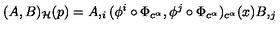
( A , B ) _ { \cal H } ( p ) = A , _ { i } ( \phi ^ { i } \circ \Phi _ { c ^ { \alpha } } , \phi ^ { j } \circ \Phi _ { c ^ { \alpha } } ) _ { c ^ { \alpha } } ( x ) B , _ { j }